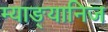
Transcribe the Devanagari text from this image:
म्याङ्यानिज